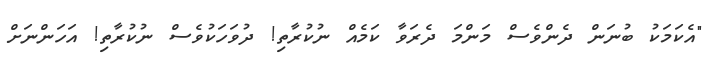
"އެކަމަކު ބުނަން ދެންވެސް މަންމަ ދެރަވާ ކަމެއް ނުކުރާތި! ދުވަހަކުވެސް ނުކުރާތި! އަހަންނަށް